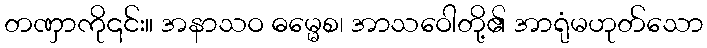
တဏှာကို၎င်း။ အနာသဝ ဓမ္မေစ၊ အာသဝေါတို့၏ အာရုံမဟုတ်သော